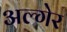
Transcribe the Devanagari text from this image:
अल्गेर